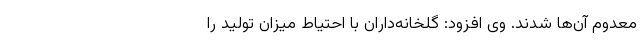
معدوم آن‌ها شدند. وی افزود: گلخانه‌داران با احتیاط میزان تولید را